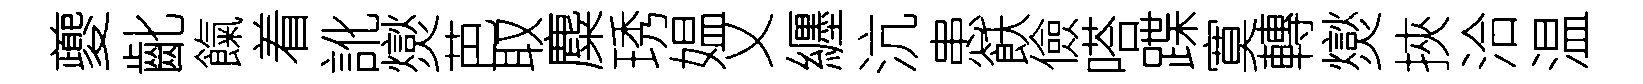
夔齔餼着訛爕芭取麋琇媪乂纒沆患飫儉嗒蹀寞轉爕挾洽温